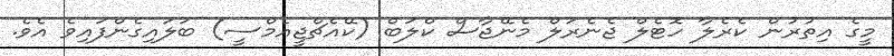
މީގެ އިތުރުން ކެރެލާ ހޮޓެލް ޖެނެރަލް މެނޭޖާސް ކްލަބް (ކޭއެޗްޖީއެމްސީ) ބަލައިގެންފައިވެ އެވެ.